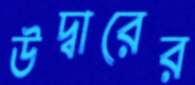
উদ্বারের